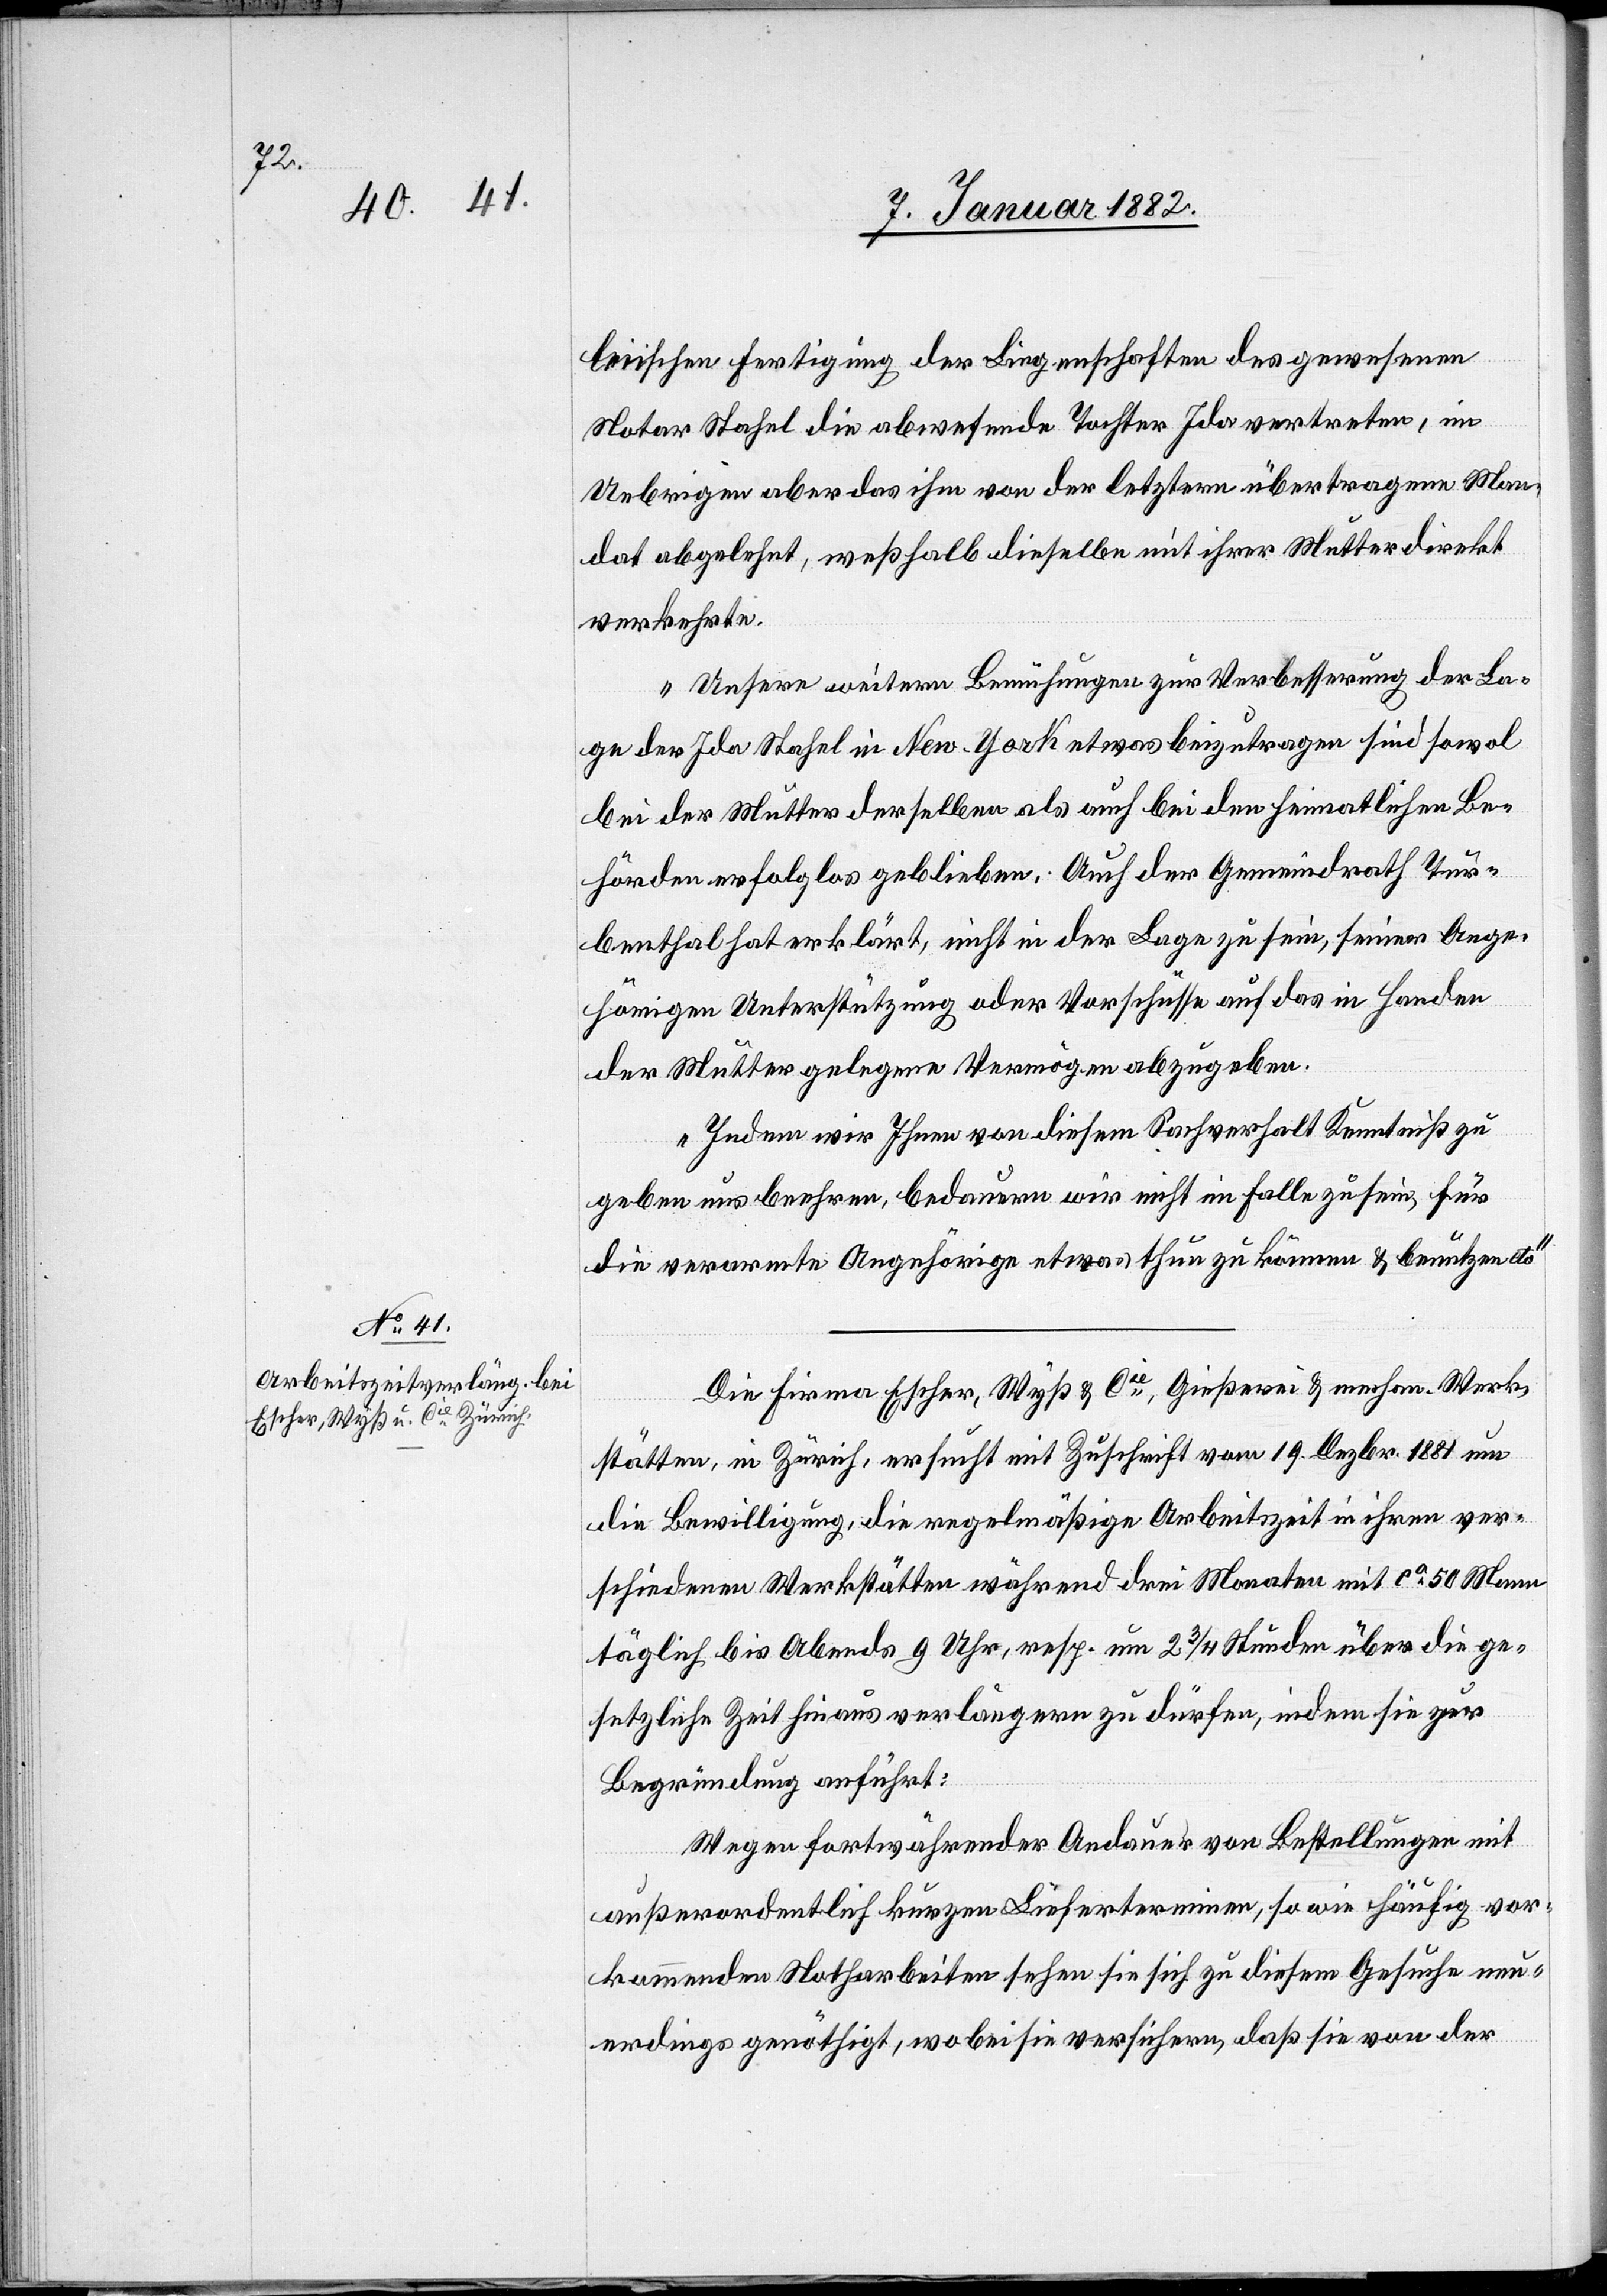
10. Januar 1882.]
leiischen Fertigung der Liegenschaften des gewesenen
Notar Stahel die abwesende Tochter Ida vertreten, im
Uebrigen aber das ihm von der letztern übertragende Man¬
dat abgelehnt, weßhalb dieselbe mit ihrer Mutter direkt
verkehrte.
Unsere weitern Bemühungen zur Verbesserung der La¬
ge der Ida Stahel in New-York etwas beizutragen sind sowol
bei der Mutter derselben als auch bei den heimatlichen Be¬
hörden erfolglos geblieben. Auch der Gemeindrath Tur¬
benthal hat erklärt, nicht in der Lage zu sein, seiner Ange¬
hörigen Unterstützung oder Vorschüsse auf das in Handen
der Mutter gelegene Vermögen abzugeben.
Indem wir Ihnen von diesem Sachverhalt Kenntniß zu
geben uns beehren, bedauern wir nicht im Falle zu sein, für
die verarmte Angehörige etwas thun zu können & benützen etc.“
Die Firma Escher, Wyß & Cie, Gießerei & mechan. Werk¬
stätten, in Zürich, ersucht mit Zuschrift vom 19. Dezbr. 1881 um
die Bewilligung, die regelmäßige Arbeitszeit in ihren ver¬
schiedenen Werkstätten während drei Monaten mit ca 50 Mann
täglich bis Abends 9 Uhr, resp. um 2 3/4 Stunden über die ge¬
setzliche Zeit hinaus verlängern zu dürfen, indem sie zur
Begründung anführt:
Wegen fortwährender Andauer von Bestellungen mit
außerordentlichen kurzen Lieferterminen, so wie häufig vor¬
kommende Notharbeiten sehen sie sich zu diesem Gesuche neu¬
erdings genöthigt, wobei sie versichern, daß sie von der